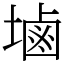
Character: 塷